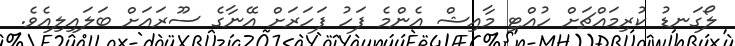
ލޯގަނޑު ކުރިމައްޗަށް ހުއްޓި މާއިޝް އެންމެ ފަހު ފަހަރަށް އޭނާގެ ސޫރައަށް ބަލައިލިއެވެ.